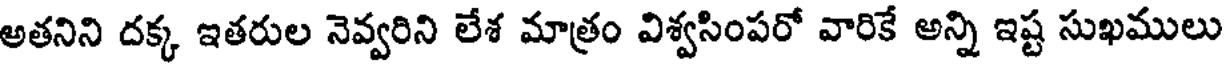
అతనిని దక్క ఇతరుల నెవ్వరిని లేశ మాత్రం విశ్వసింపరో వారికే అన్ని ఇష్ట సుఖములు